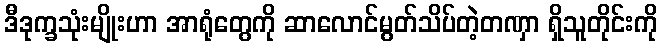
ဒီဒုက္ခသုံးမျိုးဟာ အာရုံတွေကို ဆာလောင်မွတ်သိပ်တဲ့တဏှာ ရှိသူတိုင်းကို